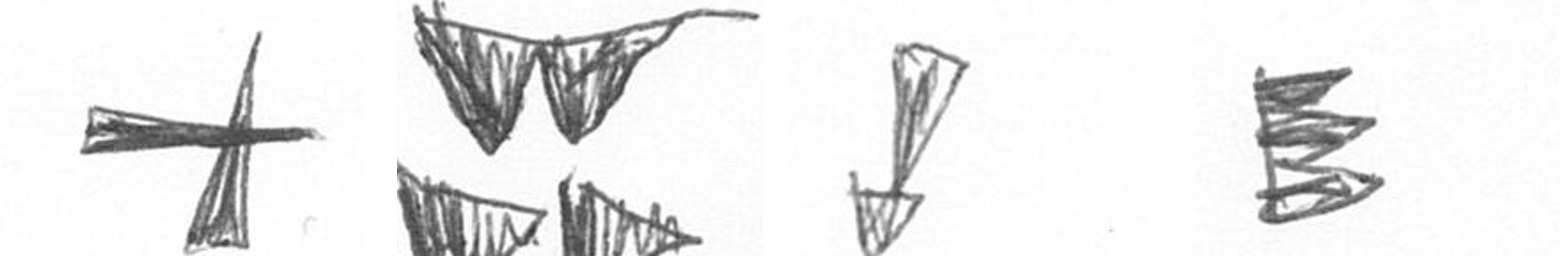
G B Z H